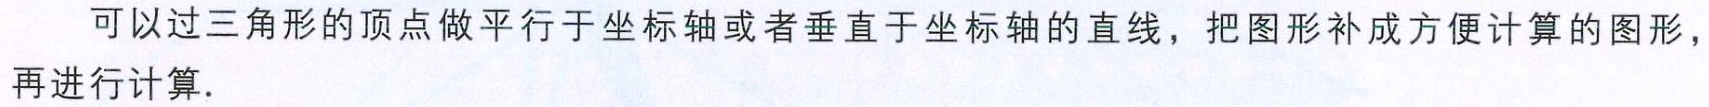
可以过三角形的顶点做平行于坐标轴或者垂直于坐标轴的直线，把图形补成方便计算的图形，再进行计算.